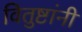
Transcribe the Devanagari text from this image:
वितुष्टांनी